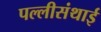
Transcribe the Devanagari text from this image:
पल्‍लीसंथाई